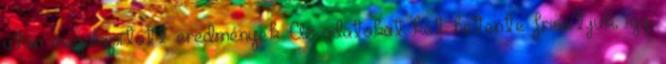
után megállapított eredmények. Az adatokat két hetente frissítjük, így,